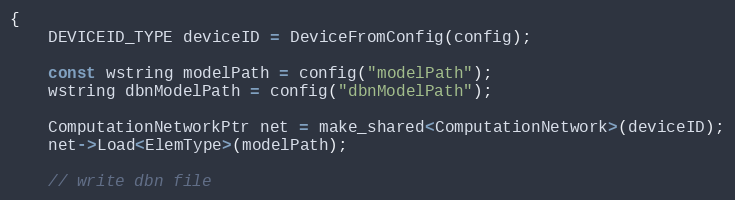
Language: C++
{
    DEVICEID_TYPE deviceID = DeviceFromConfig(config);

    const wstring modelPath = config("modelPath");
    wstring dbnModelPath = config("dbnModelPath");

    ComputationNetworkPtr net = make_shared<ComputationNetwork>(deviceID);
    net->Load<ElemType>(modelPath);

    // write dbn file